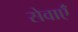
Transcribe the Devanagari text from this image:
सेवाएॅं